Vaccination in the Punjab 1897-1904 - 1897-1904
Year: 1897
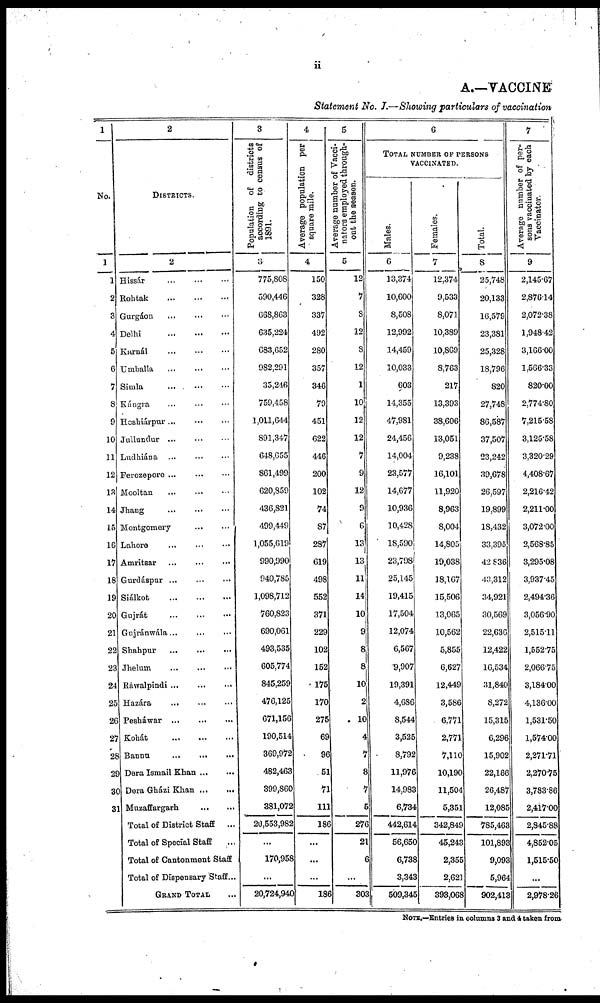
ii
A.—VACCINE
Statement No. I.—Showing particulars of vaccination
1
No.
1
1
2
3
4
5
6
7
8
9
10
11
12
13
14
15
16
17
18
19
20
21
22
23
24
25
26
27
28
29
30
31
2
DISTRICTS.
2
Hissár ... ... ...
Rohtak
...
...
...
Gurgáon ... ... ...
Delhi
...
...
...
Karnál
...
...
...
Umballa
...
...
...
Simla ... ... ...
Kángra ... ... ...
Hoshiárpur
...
...
...
Jullundur
...
...
...
Ludhiána ... ... ...
Ferozepore ... ... ...
Mooltan
...
...
...
Jhang
...
...
...
Montgomery ... ... ...
Lahore ... ... ...
Amritsar
...
...
...
Gurdáspur
...
...
...
Siálkot
...
...
...
Gujrát ... ... ...
Gujránwála ... ... ...
Shahpur ... ... ...
Jhelum ... ... ...
Ráwalpindi
...
...
...
Hazára
...
...
...
Pesháwar
...
...
...
Kohát
...
...
...
Bannu
...
...
...
Dera Ismail Khan ... ... ...
Dera Gházi Khan ... ... ...
Muzaffargarh ... ... ...
Total of District Staff
...
Total of Special Staff ...
Total of Cantonment Staff ...
Total of Dispensary Staff ...
GRAND TOTAL ...
3
Population of districts
according to census of
1891.
3
775,808
590,446
668,863
635,224
683,652
982,291
35,246
759,458
1,011,644
891,347
648,655
861,499
620,859
436,821
499,449
1,055,619
990,990
940,785
1,098,712
760,823
690,061
493,535
605,774
845,259
476,125
671,156
190,514
369,972
482,463
399,860
381,072
20,553,982
...
170,958
...
20,724,940
4
Average population per
square mile.
4
150
328
337
492
280
357
346
79
451
622
446
200
102
74
87
287
619
498
552
371
229
102
152
175
170
275
69
96
51
71
111
186
...
...
...
186
5
Average number of Vacci-
nators employed through-
out the season.
5
12
7
8
12
8
12
1
10
12
12
7
9
12
9
6
13
13
11
14
10
9
8
8
10
2
10
4
7
8
7
5
276
21
6
...
303
6
TOTAL NUMBER OF PERSONS
VACCINATED.
Males.
6
13,374
10,600
8,508
12,992
14,459
10,033
603
14,355
47,981
24,456
14,004
23,577
14,677
10,936
10,428
18,590
23,798
25,145
19,415
17,504
12,074
6,567
9,907
19,391
4,686
8,544
3,525
8,792
11,976
14,983
6,734
442,614
56,650
6,738
3,343
509,345
Females.
7
12,374
9,533
8,071
10,389
10,869
8,763
217
13,393
38,606
13,051
9,238
16,101
11,920
8,963
8,004
14,805
19,038
18,167
15,506
13,065
10,562
5,855
6,627
12,449
3,586
6,771
2,771
7,110
10,190
11,504
5,351
342,849
45,243
2,355
2,621
393,068
Total.
8
25,748
20,133
16,579
23,381
25,328
18,796
820
27,748
86,587
37,507
23,242
39,678
26,597
19,899
18,432
33,395
42,836
43,312
34,921
30,569
22,636
12,422
16,534
31,840
8,272
15,315
6,296
15,902
22,166
26,487
12,085
785,463
101,893
9,093
5,964
902,413
7
Average number of per-
sons vaccinated by each
Vaccinator.
9
2,145.67
2,876.14
2,072.38
1,948.42
3,166.00
1,566.33
820.00
2,774.80
7,215.58
3,125.58
3,320.29
4,408.67
2,216.42
2,211.00
3,072.00
2,568.85
3,295.08
3,937.45
2,494.36
3,056.90
2,515.11
1,552.75
2,066.75
3,184.00
4,136.00
1,531.50
1,574.00
2,271.71
2,270.75
3,783.86
2,417.00
2,845.88
4,852.05
1,515.50
...
2,978.26
NOTE.—Entries in columns 3 and 4 token from